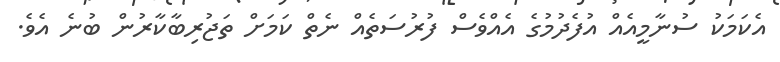
އެކަމަކު ސުނާމީއެއް އުފެދުމުގެ އެއްވެސް ފުރުސަތެއް ނެތް ކަމަށް ތަޖުރިބާކާރުން ބުނެ އެވެ.